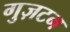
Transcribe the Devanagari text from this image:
गुज़टन